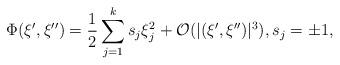
LaTeX: \begin{align*}\Phi(\xi',\xi'')=\frac{1}{2}\sum_{j=1}^{k}s_j\xi_j^2+\mathcal{O}(|(\xi',\xi'')|^3),s_j=\pm 1,\end{align*}